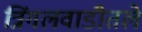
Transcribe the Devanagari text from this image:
त्रिंगलवाडीतले